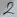
Text: 2